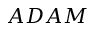
A D A M